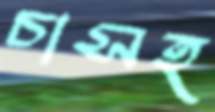
চাসহ